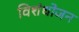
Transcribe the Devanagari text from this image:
विशंधोजन